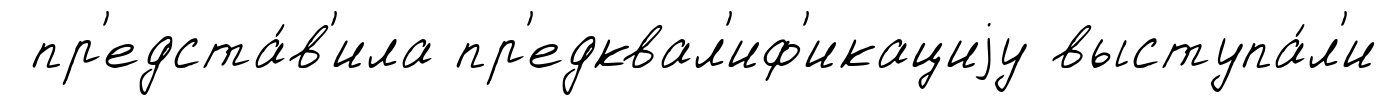
пр'едста́в'ила пр'едквал'иф'икациjу выступа́л'и